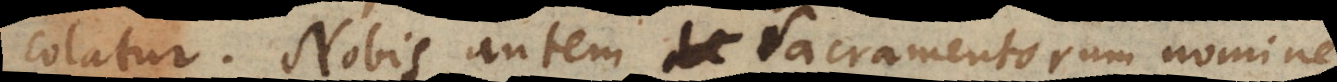
colatur. Nobis autem Sacramentorum nomine